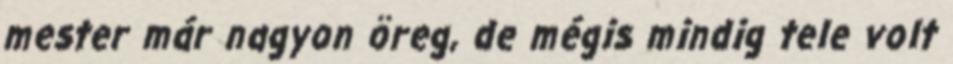
mester már nagyon öreg, de mégis mindig tele volt